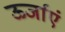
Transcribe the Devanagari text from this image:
ऊर्जाएं